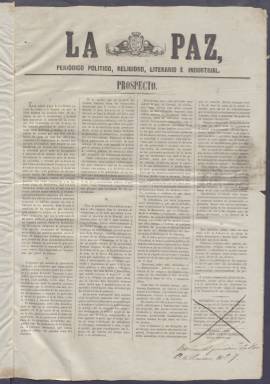
Título: La Paz (Sevilla. 1850)
Colección: Periódicos
Ámbito geográfico: Sevilla
Lugar de publicación: Sevilla
Fechas: 01/01/1850-05/11/1854